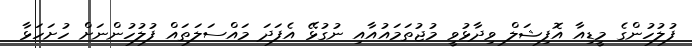
ފުލުހުންގެ މީޑިއާ އޮފިޝަލް ވިދާޅުވީ މުޖުތަމައުއާއި ނުގުޅޭ އެފަދަ މައްސަލަތައް ފުލުހުންނަށް ހުށަހަޅާ